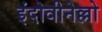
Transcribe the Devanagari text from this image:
इंदोवीनेल्लो